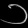
Digit: ၁